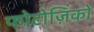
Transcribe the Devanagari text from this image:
फोटोज़िंको